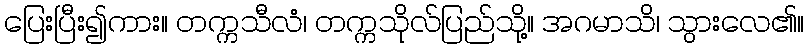
ပြေးပြီး၍ကား။ တက္ကသီလံ၊ တက္ကသိုလ်ပြည်သို့။ အဂမာသိ၊ သွားလေ၏။